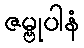
ဇမ္ဗုပါနံ